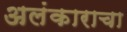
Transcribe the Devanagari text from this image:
अलंकाराचा